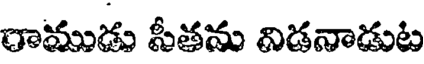
రాముడు సీతను విడనాడుట